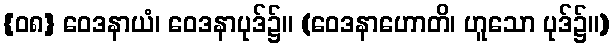
{၀၈} ဝေဒနာယံ၊ ဝေဒနာပုဒ်၌။ (ဝေဒနာဟောတိ၊ ဟူသော ပုဒ်၌။)